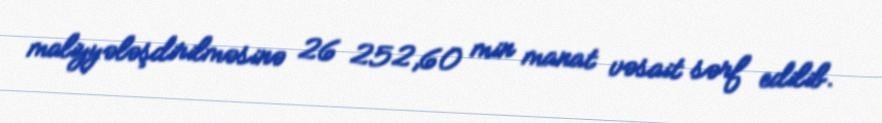
maliyyələşdirilməsinə 26 252,60 min manat vəsait sərf edilib.